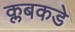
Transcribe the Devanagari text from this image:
क्लबकडे